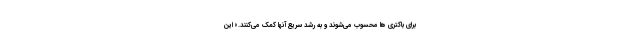
برای باکتری ها محسوب می‌شوند و به رشد سریع آنها کمک می‌کنند.» این